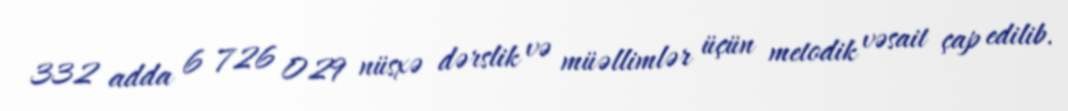
332 adda 6 726 029 nüsxə dərslik və müəllimlər üçün metodik vəsait çap edilib.